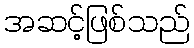
အဆင့်ဖြစ်သည်